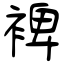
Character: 裨